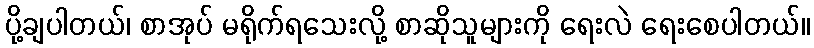
ပို့ချပါတယ်၊ စာအုပ် မရိုက်ရသေးလို့ စာဆိုသူများကို ရေးလဲ ရေးစေပါတယ်။